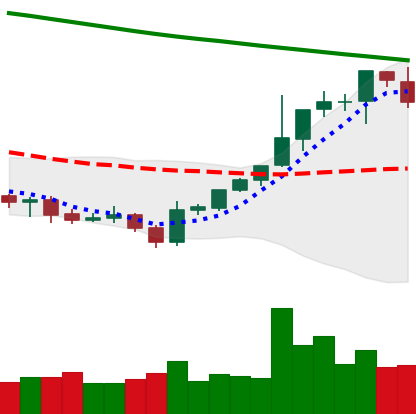
Ticker: BTC-USD
Chart end date: 2021-08-01
Forward return: 7.109%
Label: up_7plus